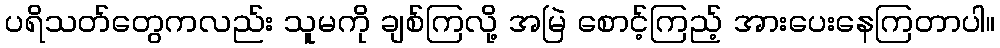
ပရိသတ်တွေကလည်း သူမကို ချစ်ကြလို့ အမြဲ စောင့်ကြည့် အားပေးနေကြတာပါ။